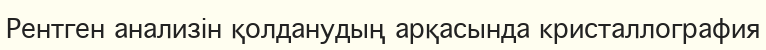
Рентген анализін қолданудың арқасында кристаллография